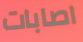
اصابات